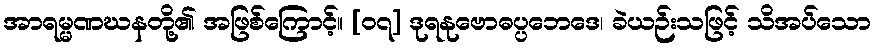
အာရမ္မဏဃနတို့၏ အဖြစ်ကြောင့်။ [၀၇] ဒုရနုဗောဓပ္ပဘေဒေ၊ ခဲယဉ်းသဖြင့် သိအပ်သော